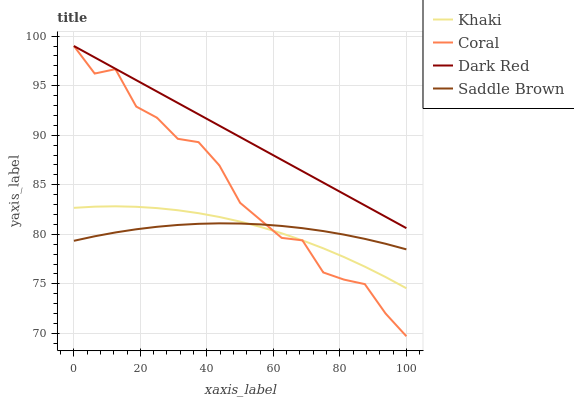
| xaxis_label | Khaki | Coral | Dark Red | Saddle Brown |
 | --- | --- | --- | --- | --- |
 | 0 | 82.7 | 99 | 99 | 79.3 |
 | 6.25 | 82.8 | 96.2 | 97.9 | 79.8 |
 | 12.5 | 82.8 | 96.7 | 96.7 | 80.2 |
 | 18.8 | 82.8 | 92.9 | 95.6 | 80.5 |
 | 25 | 82.6 | 91.8 | 94.4 | 80.8 |
 | 31.2 | 82.4 | 89.6 | 93.3 | 80.9 |
 | 37.5 | 82.1 | 89.3 | 92.1 | 81.1 |
 | 43.8 | 81.7 | 87 | 91 | 81.1 |
 | 50 | 81.3 | 83.2 | 89.8 | 81.1 |
 | 56.2 | 80.7 | 81.4 | 88.7 | 81 |
 | 62.5 | 80.1 | 79.6 | 87.5 | 80.8 |
 | 68.8 | 79.4 | 79.4 | 86.4 | 80.6 |
 | 75 | 78.6 | 76.2 | 85.2 | 80.3 |
 | 81.2 | 77.7 | 75.4 | 84.1 | 80 |
 | 87.5 | 76.7 | 75 | 82.9 | 79.5 |
 | 93.8 | 75.7 | 72 | 81.8 | 79 |
 | 100 | 74.6 | 69.7 | 80.6 | 78.5 |